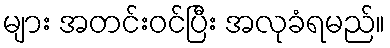
များ အတင်းဝင်ပြီး အလုခံရမည်။